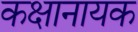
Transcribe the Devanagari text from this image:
कक्षानायक